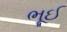
ભૂઈ